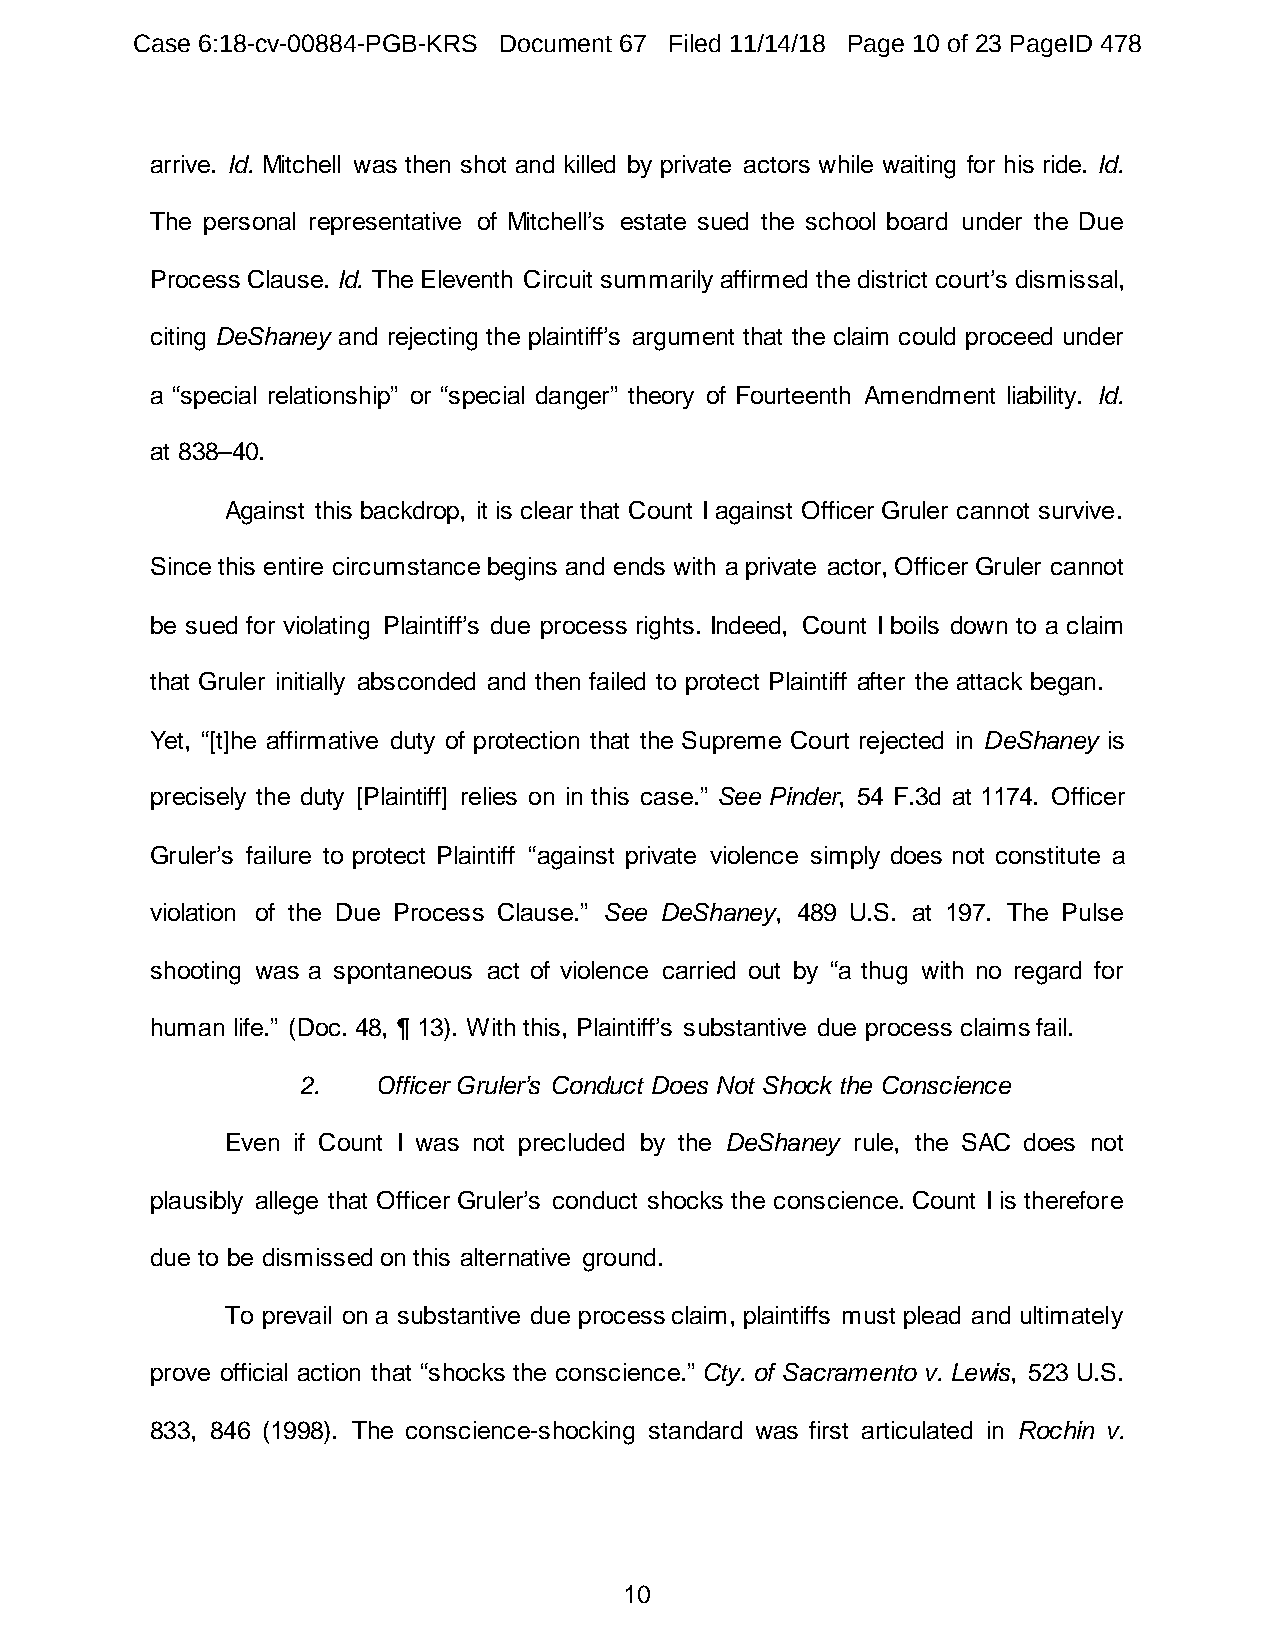
Case 6:18-cv-00884-PGB-KRS Document 67 Filed 11/14/18 Page 10 of 23 PageID 478
 arrive. Id. Mitchell was then shot and killed by private actors while waiting for his ride. Id.
 The personal representative of Mitchell’s estate sued the school board under the Due
 Process Clause. Id. The Eleventh Circuit summarily affirmed the district court’s dismissal,
 citing DeShaney and rejecting the plaintiff’s argument that the claim could proceed under
 a “special relationship” or “special danger” theory of Fourteenth Amendment liability. Id.
 at 838–40.
 Against this backdrop, it is clear that Count I against Officer Gruler cannot survive.
 Since this entire circumstance begins and ends with a private actor, Officer Gruler cannot
 be sued for violating Plaintiff’s due process rights. Indeed, Count I boils down to a claim
 that Gruler initially absconded and then failed to protect Plaintiff after the attack began.
 Yet, “[t]he affirmative duty of protection that the Supreme Court rejected in DeShaney is
 precisely the duty [Plaintiff] relies on in this case.” See Pinder, 54 F.3d at 1174. Officer
 Gruler’s failure to protect Plaintiff “against private violence simply does not constitute a
 violation of the Due Process Clause.” See DeShaney, 489 U.S. at 197. The Pulse
 shooting was a spontaneous act of violence carried out by “a thug with no regard for
 human life.” (Doc. 48, ¶ 13). With this, Plaintiff’s substantive due process claims fail.
 2.   Officer Gruler’s Conduct Does Not Shock the Conscience
 Even if Count I was not precluded by the DeShaney rule, the SAC does not
 plausibly allege that Officer Gruler’s conduct shocks the conscience. Count I is therefore
 due to be dismissed on this alternative ground.
 To prevail on a substantive due process claim, plaintiffs must plead and ultimately
 prove official action that “shocks the conscience.” Cty. of Sacramento v. Lewis, 523 U.S.
 833, 846 (1998). The conscience-shocking standard was first articulated in Rochin v.
 10